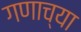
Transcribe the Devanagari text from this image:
गणाच्या